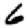
Digit: 6